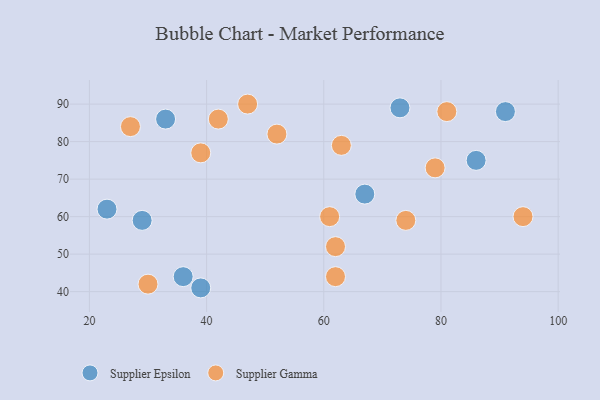
{"axis": {"x": "GDP", "y": "Life Expectancy"}, "legend": ["Supplier Epsilon", "Supplier Gamma"], "data": [{"x": "39", "y": 41, "type": "Supplier Epsilon"}, {"x": "33", "y": 86, "type": "Supplier Epsilon"}, {"x": "86", "y": 75, "type": "Supplier Epsilon"}, {"x": "29", "y": 59, "type": "Supplier Epsilon"}, {"x": "73", "y": 89, "type": "Supplier Epsilon"}, {"x": "91", "y": 88, "type": "Supplier Epsilon"}, {"x": "36", "y": 44, "type": "Supplier Epsilon"}, {"x": "23", "y": 62, "type": "Supplier Epsilon"}, {"x": "67", "y": 66, "type": "Supplier Epsilon"}, {"x": "27", "y": 84, "type": "Supplier Gamma"}, {"x": "47", "y": 90, "type": "Supplier Gamma"}, {"x": "79", "y": 73, "type": "Supplier Gamma"}, {"x": "81", "y": 88, "type": "Supplier Gamma"}, {"x": "61", "y": 60, "type": "Supplier Gamma"}, {"x": "94", "y": 60, "type": "Supplier Gamma"}, {"x": "74", "y": 59, "type": "Supplier Gamma"}, {"x": "39", "y": 77, "type": "Supplier Gamma"}, {"x": "62", "y": 52, "type": "Supplier Gamma"}, {"x": "52", "y": 82, "type": "Supplier Gamma"}, {"x": "30", "y": 42, "type": "Supplier Gamma"}, {"x": "42", "y": 86, "type": "Supplier Gamma"}, {"x": "63", "y": 79, "type": "Supplier Gamma"}, {"x": "62", "y": 44, "type": "Supplier Gamma"}]}